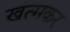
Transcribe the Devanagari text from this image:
खत्मकर